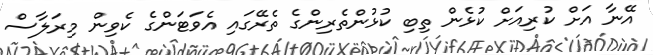
އޭނާ އަށް ކުރިއަށް ކުޅެން ތިބި ކުޅުންތެރިންގެ ތެރޭގައި އެވަޓަންގެ ކެވިން މިރަލާސް